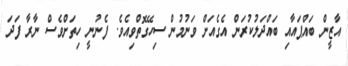
އާޒީން ބައްޕައާއި ބައްދަލުކުރަން އެގެއަށް ވަނުމުން ސިހޭގޮތްވިއެވެ. ފެނުނީ ހިތަށްވެސް ނާރާ ފަދަ